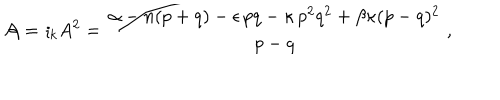
LaTeX: { \cal A } = { \imath } _ { k } A ^ { 2 } = \frac { \alpha - n ( p + q ) - \epsilon \, p q - \kappa \, p ^ { 2 } q ^ { 2 } + \beta \kappa ( p - q ) ^ { 2 } } { p - q } \, ,